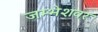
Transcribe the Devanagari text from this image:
जम्भेशवर